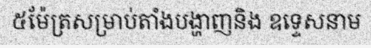
៥ម៉ែត្រសម្រាប់តាំងបង្ហាញនិង ឧទ្ទេសនាម